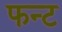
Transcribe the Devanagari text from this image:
फन्ट